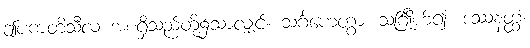
ဤပကတိသီလ အစရှိသည်တို့၌သာလျှင်။ သင်္ဂဟေတွာ၊ သင်္ဂြိုဟ်၍။ ဒဿနတ္ထံ၊